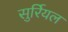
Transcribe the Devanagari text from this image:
सुर्रियल